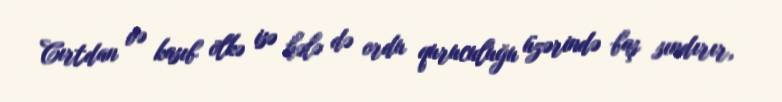
Cırtdan və kasıb ölkə isə hələ də ordu quruculuğu üzərində baş sındırır,